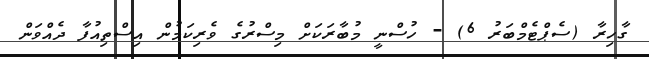
ގާހިރާ (ސެޕްޓެމްބަރު 6) - ހުސްނީ މުބާރަކަށް މިސްރުގެ ވެރިކަމުން އިސްތިއުފާ ދެއްވަން